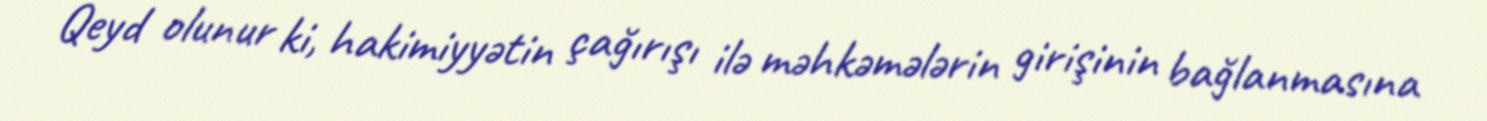
Qeyd olunur ki, hakimiyyətin çağırışı ilə məhkəmələrin girişinin bağlanmasına